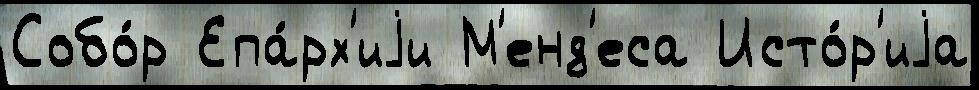
Собо́р Епа́рх'иjи М'енд'еса Исто́р'иjа